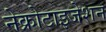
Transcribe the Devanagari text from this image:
नेक्रोटाइजेशन